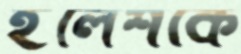
ইলেশকে